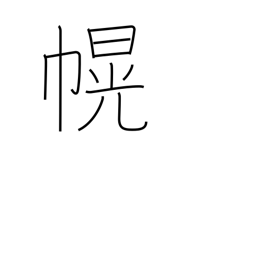
Meaning: canopy